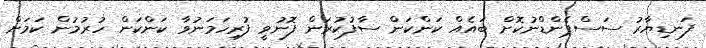
ފަނޑިޔާރު ސަސްޕެންޑްނުކޮށް ބައެއް ކަންކަން ސާފުކުރަން ފޮނުވީ ފުރިހަމަނުވާ ކަންކަން ހުރުމުން ކަމަށް